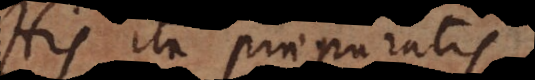
His ita praeparatis